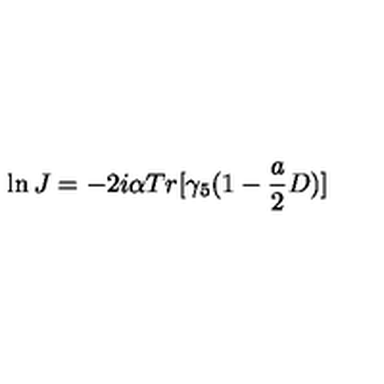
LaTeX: \ln J = - 2 i \alpha T r [ \gamma _ { 5 } ( 1 - \frac { a } { 2 } D ) ]